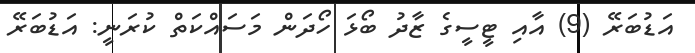
އަޑުބަރޭ (9) އާއި ޓީސީގެ ޒާދު ބޯޅަ ހޯދަން މަސައްކަތް ކުރަނީ: އަޑުބަރޭ